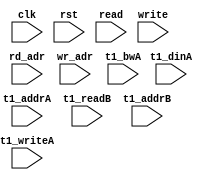
module ip_top_sva_2_nr1w_dup2
  #(
parameter     WIDTH = 8,
parameter     NUMRDPT = 4,
parameter     NUMADDR = 8192,
parameter     BITADDR = 13,
parameter     NUMVROW = 256,
parameter     BITVROW = 8,
parameter     NUMCOLS = 1,
parameter     BITCOLS = 0,
parameter     NUMVBNK = 8,
parameter     BITVBNK = 3)
(
  input clk,
  input rst,
  input [NUMRDPT-1:0] read,
  input [NUMRDPT*BITADDR-1:0] rd_adr,
  input write,
  input [BITADDR-1:0]  wr_adr,
  input [NUMRDPT*NUMVBNK-1:0] t1_writeA,
  input [NUMRDPT*NUMVBNK*(BITVROW+BITCOLS)-1:0] t1_addrA,
  input [NUMRDPT*NUMVBNK*WIDTH-1:0] t1_dinA,
  input [NUMRDPT*NUMVBNK*WIDTH-1:0] t1_bwA,
  input [NUMRDPT*NUMVBNK-1:0] t1_readB,
  input [NUMRDPT*NUMVBNK*(BITVROW+BITCOLS)-1:0] t1_addrB
);
`ifdef FORMAL
//synopsys translate_off

assert_wr_range_check: assume property (@(posedge clk) disable iff (rst) write |-> (wr_adr < NUMADDR));
genvar rd_int;
generate for (rd_int=0; rd_int<NUMRDPT; rd_int=rd_int+1) begin: rd_loop
  wire read_wire = read >> rd_int;
  wire [BITADDR-1:0] rd_adr_wire = rd_adr >> (rd_int*BITADDR);

  //assert_rd_range_check: assume property (@(posedge clk) disable iff (rst) read_wire |-> (rd_adr_wire < NUMADDR));
end
endgenerate

genvar t1_vbnk_int, t1_prpt_int;
generate for (t1_vbnk_int=0; t1_vbnk_int<NUMVBNK; t1_vbnk_int=t1_vbnk_int+1) begin: t1_vbnk_loop
  for (t1_prpt_int=0; t1_prpt_int<NUMRDPT; t1_prpt_int=t1_prpt_int+1) begin: t1_prpt_loop
    wire t1_writeA_wire = t1_writeA >> (NUMRDPT*t1_vbnk_int+t1_prpt_int);
    wire t1_bwA_wire = t1_bwA >> ((NUMRDPT*t1_vbnk_int+t1_prpt_int)*WIDTH);
    wire [(BITVROW+BITCOLS)-1:0] t1_addrA_wire = t1_addrA >> ((NUMRDPT*t1_vbnk_int+t1_prpt_int)*(BITVROW+BITCOLS));
    wire [BITVROW-1:0] t1_rowA_wire = t1_addrA_wire >> BITCOLS;
    wire [BITCOLS-1:0] t1_colA_wire = t1_addrA_wire;
    wire [WIDTH-1:0] t1_dinA_wire = t1_dinA >> ((NUMRDPT*t1_vbnk_int+t1_prpt_int)*WIDTH);

    wire t1_readB_wire = t1_readB >> (NUMRDPT*t1_vbnk_int+t1_prpt_int);
    wire [(BITVROW+BITCOLS)-1:0] t1_addrB_wire = t1_addrB >> ((NUMRDPT*t1_vbnk_int+t1_prpt_int)*(BITVROW+BITCOLS));
    wire [BITVROW-1:0] t1_rowB_wire = t1_addrB_wire >> BITCOLS;
    wire [BITCOLS-1:0] t1_colB_wire = t1_addrB_wire;

    assert_t1_wr_range_check: assert property (@(posedge clk) disable iff (rst) t1_writeA_wire |-> (t1_addrA_wire < NUMVROW*NUMCOLS));
//    assert_t1_rd_range_check: assert property (@(posedge clk) disable iff (rst) t1_readB_wire |-> (t1_addrB_wire < NUMVROW*NUMCOLS));
//    assert_t1_rw_pseudo_check: assert property (@(posedge clk) disable iff (rst) (t1_writeA_wire && t1_readB_wire) |-> (t1_rowA_wire != t1_rowB_wire));
  end
end
endgenerate
//synopsys translate_on
`endif
endmodule


module ip_top_sva_nr1w_dup2
  #(
parameter     WIDTH   = 32,
parameter     BITWDTH = 5,
parameter     ENAPAR = 0,
parameter     ENAECC = 0,
parameter     NUMRDPT = 2,
parameter     NUMADDR = 8192,
parameter     BITADDR = 13,
parameter     NUMVBNK = 8,
parameter     BITVBNK = 3,
parameter     NUMVROW = 256,
parameter     BITVROW = 8,
parameter     NUMCOLS = 1,
parameter     BITCOLS = 0,
parameter     SRAM_DELAY = 2,
parameter     FLOPIN = 0,
parameter     FLOPOUT = 0
   )
(
  input clk,
  input rst,
  input [NUMRDPT*NUMVBNK-1:0] t1_writeA,
  input [NUMRDPT*NUMVBNK*(BITVROW+BITCOLS)-1:0] t1_addrA,
  input [NUMRDPT*NUMVBNK*WIDTH-1:0] t1_dinA,
  input [NUMRDPT*NUMVBNK*WIDTH-1:0] t1_bwA,
  input [NUMRDPT*NUMVBNK-1:0] t1_readB,
  input [NUMRDPT*NUMVBNK*(BITVROW+BITCOLS)-1:0] t1_addrB,
  input [NUMRDPT*NUMVBNK*WIDTH-1:0] t1_doutB,
  input write,
  input [BITADDR-1:0]  wr_adr,
  input [WIDTH-1:0] din,
  input [WIDTH-1:0] bw,
  input [NUMRDPT-1:0] read,
  input [NUMRDPT*BITADDR-1:0] rd_adr,
  input [NUMRDPT-1:0] rd_vld,
  input [NUMRDPT*WIDTH-1:0] rd_dout,
  input [BITADDR-1:0] select_addr,
  input [BITWDTH-1:0] select_bit
);
`ifdef FORMAL
localparam LBITVBK = BITVBNK>0 ? BITVBNK : 1;
//synopsys translate_off
wire [LBITVBK-1:0] select_bank;
wire [(BITVROW+BITCOLS)-1:0] select_vrow;
np2_addr_ramwrap #(
  .NUMADDR (NUMADDR), .BITADDR (BITADDR),
  .NUMVBNK (NUMVBNK), .BITVBNK (BITVBNK),
  .NUMVROW (NUMVROW*NUMCOLS), .BITVROW (BITVROW+BITCOLS))
  sel_adr (.vbadr(select_bank), .vradr(select_vrow), .vaddr(select_addr));

wire [BITVROW-1:0] select_row = select_vrow >> BITCOLS;
wire [BITCOLS-1:0] select_col = select_vrow;

reg t1_writeA_wire [0:NUMRDPT-1][0:NUMVBNK-1];
reg [WIDTH-1:0] t1_bwA_wire [0:NUMRDPT-1][0:NUMVBNK-1];
reg [(BITVROW+BITCOLS)-1:0] t1_addrA_wire [0:NUMRDPT-1][0:NUMVBNK-1];
reg [WIDTH-1:0] t1_dinA_wire [0:NUMRDPT-1][0:NUMVBNK-1];
reg t1_readB_wire [0:NUMRDPT-1][0:NUMVBNK-1];
reg [(BITVROW+BITCOLS)-1:0] t1_addrB_wire [0:NUMRDPT-1][0:NUMVBNK-1];
integer t1_prpt_int, t1_vbnk_int;
always_comb
  for (t1_vbnk_int=0; t1_vbnk_int<NUMVBNK; t1_vbnk_int=t1_vbnk_int+1) begin
    for (t1_prpt_int=0; t1_prpt_int<NUMRDPT; t1_prpt_int=t1_prpt_int+1) begin
      t1_writeA_wire[t1_prpt_int][t1_vbnk_int] = t1_writeA >> (NUMRDPT*t1_vbnk_int+t1_prpt_int);
      t1_bwA_wire[t1_prpt_int][t1_vbnk_int] = t1_bwA >> ((NUMRDPT*t1_vbnk_int+t1_prpt_int)*WIDTH);
      t1_addrA_wire[t1_prpt_int][t1_vbnk_int] = t1_addrA >> ((NUMRDPT*t1_vbnk_int+t1_prpt_int)*(BITVROW+BITCOLS));
      t1_dinA_wire[t1_prpt_int][t1_vbnk_int] = t1_dinA >> ((NUMRDPT*t1_vbnk_int+t1_prpt_int)*WIDTH);
      t1_readB_wire[t1_prpt_int][t1_vbnk_int] = t1_readB >> (NUMRDPT*t1_vbnk_int+t1_prpt_int);
      t1_addrB_wire[t1_prpt_int][t1_vbnk_int] = t1_addrB >> ((NUMRDPT*t1_vbnk_int+t1_prpt_int)*(BITVROW+BITCOLS));
    end
  end

reg read_wire [0:NUMRDPT-1];
reg [BITADDR-1:0] rd_adr_wire [0:NUMRDPT-1];
reg rd_vld_wire [0:NUMRDPT-1];
reg [WIDTH-1:0] rd_dout_wire [0:NUMRDPT-1];
integer rd_int;
always_comb
  for (rd_int=0; rd_int<NUMRDPT; rd_int=rd_int+1) begin
    read_wire[rd_int] = read >> rd_int;
    rd_adr_wire[rd_int] = rd_adr >> (rd_int*BITADDR);
    rd_vld_wire[rd_int] = rd_vld >> rd_int;
    rd_dout_wire[rd_int] = rd_dout >> (rd_int*WIDTH);
  end

reg meminv [0:NUMRDPT-1];
reg mem [0:NUMRDPT-1];
integer mem_int;
always @(posedge clk)
  for (mem_int=0; mem_int<NUMRDPT; mem_int=mem_int+1)
    if (rst)
      meminv[mem_int] <= 1'b1;
    else if (t1_writeA_wire[mem_int][select_bank] && t1_bwA_wire[mem_int][select_bank][select_bit] && (t1_addrA_wire[mem_int][select_bank] == select_vrow)) begin
      meminv[mem_int] <= 1'b0;
      mem[mem_int] <= t1_dinA_wire[mem_int][select_bank][select_bit];
    end
      
genvar memr_int;
generate for (memr_int=0; memr_int<NUMRDPT; memr_int=memr_int+1) begin: memr_loop
  if(SRAM_DELAY>0) begin : dl_loop
  assert_pdout_check: assert property (@(posedge clk) disable iff (rst)
				       (t1_readB_wire[memr_int][select_bank] && (t1_addrB_wire[memr_int][select_bank] == select_vrow)) |-> ##SRAM_DELAY
                                       ($past(meminv[memr_int],SRAM_DELAY) || (t1_doutB[(select_bank*NUMRDPT+memr_int)*WIDTH+select_bit] == $past(mem[memr_int],SRAM_DELAY))));
  end else begin : ndl_loop
  assert_pdout_check: assert property (@(posedge clk) disable iff (rst)
				       (t1_readB_wire[memr_int][select_bank] && (t1_addrB_wire[memr_int][select_bank] == select_vrow)) |-> ##SRAM_DELAY
                                       (meminv[memr_int] || (t1_doutB[(select_bank*NUMRDPT+memr_int)*WIDTH+select_bit] == mem[memr_int])));
  end
end
endgenerate

reg fakememinv;
reg fakemem;
always @(posedge clk)
  if (rst) 
    fakememinv <= 1'b1;
  else if (write && bw[select_bit] && (wr_adr == select_addr)) begin
    fakememinv <= 1'b0;
    fakemem <= din[select_bit];
  end

genvar fake_int;
generate  for (fake_int=0; fake_int<NUMRDPT; fake_int=fake_int+1) begin: fake_loop
    assert_fakemem_check: assert property (@(posedge clk) disable iff (rst) 1'b1 |-> ##1
					   (fakememinv || fakemem == mem[fake_int]));
end
endgenerate

genvar doutr_int;
generate for (doutr_int=0; doutr_int<NUMRDPT; doutr_int=doutr_int+1) begin: doutr_loop
  wire read_wire = read >> doutr_int;
  wire [BITADDR-1:0] rd_adr_wire = rd_adr >> (doutr_int*BITADDR);
  wire rd_vld_wire = rd_vld >> doutr_int;
  wire [WIDTH-1:0] rd_dout_wire = rd_dout >> (doutr_int*WIDTH);

  if(FLOPIN+SRAM_DELAY+FLOPOUT>0) begin : dly_loop
  assert_dout_check: assert property (@(posedge clk) disable iff (rst) (read_wire && (rd_adr_wire == select_addr)) |-> ##(FLOPIN+SRAM_DELAY+FLOPOUT)
                                      (rd_vld_wire && ($past(fakememinv,FLOPIN+SRAM_DELAY+FLOPOUT) ||
                                                       (rd_dout_wire[select_bit] == $past(fakemem,FLOPIN+SRAM_DELAY+FLOPOUT)))));
  end else begin :ndly_loop
  assert_dout_check: assert property (@(posedge clk) disable iff (rst) (read_wire && (rd_adr_wire == select_addr)) |-> ##(FLOPIN+SRAM_DELAY+FLOPOUT)
                                      (rd_vld_wire && (fakememinv ||
                                                       (rd_dout_wire[select_bit] == fakemem))));
  end
end
endgenerate
//synopsys translate_on
`endif
endmodule